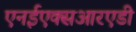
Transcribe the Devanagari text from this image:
एनईएक्सआरएडी